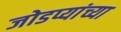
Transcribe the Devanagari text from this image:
जोडप्यांच्या